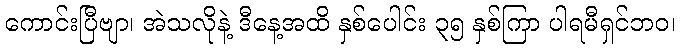
ကောင်းပြီဗျာ၊ အဲသလိုနဲ့ ဒီနေ့အထိ နှစ်ပေါင်း ၃၅ နှစ်ကြာ ပါရမီရှင်ဘဝ၊